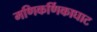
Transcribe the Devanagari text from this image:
मणिकर्णिकाघाट